Regulations for the medical services of the Army of India
Year: 1930
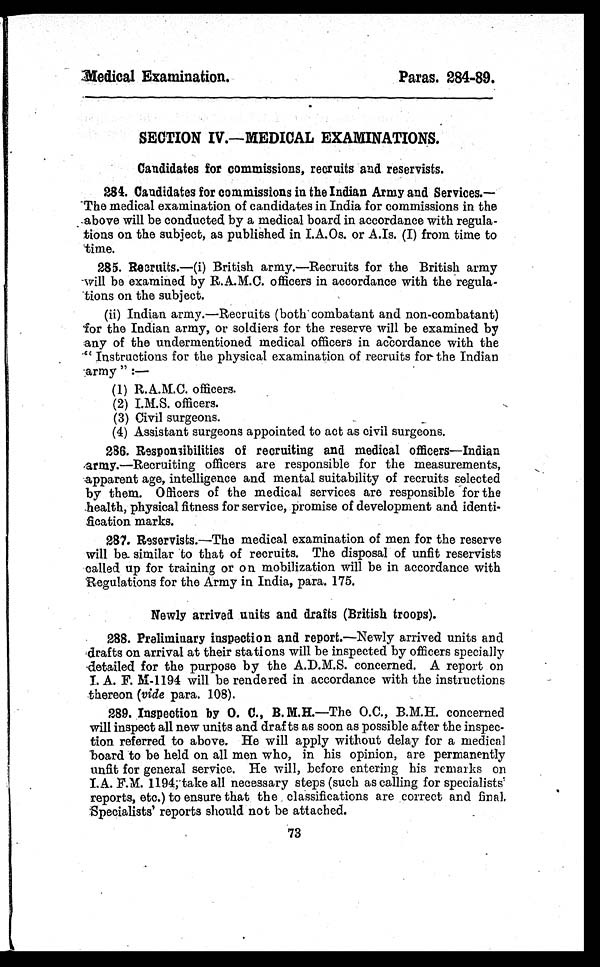
Medical Examination.
Paras. 284-89.
SECTION IV.—MEDICAL EXAMINATIONS.
Candidates for commissions, recruits and reservists.
284. Candidates for commissions in the Indian Army and Services. —
The medical examination of candidates in India for commissions in the
above will be conducted by a medical board in accordance with regula-
tions on the subject, as published in I.A.Os. or A.Is. (I) from time to
time.
285. Recruits.—(i) British army.—Recruits for the British army
will be examined by R.A.M.C. officers in accordance with the regula-
tions on the subject.
(ii) Indian army.—Recruits (both combatant and non-combatant)
for the Indian army, or soldiers for the reserve will be examined by
any of the undermentioned medical officers in accordance with the
"Instructions for the physical examination of recruits for the Indian
army ":—
(1) R.A.M.C. officers.
(2) I.M.S. officers.
(3) Civil surgeons.
(4) Assistant surgeons appointed to act as civil surgeons.
286. Responsibilities of recruiting and medical officers —Indian
army. —Recruiting officers are responsible for the measurements,
apparent age, intelligence and mental suitability of recruits selected
by them. Officers of the medical services are responsible for the
health, physical fitness for service, promise of development and identi-
fication marks.
287. Reservists. —The medical examination of men for the reserve
will be similar to that of recruits. The disposal of unfit reservists
called up for training or on mobilization will be in accordance with
Regulations for the Army in India, para. 175.
Newly arrived units and drafts (British troops).
288. Preliminary inspection and report. —Newly arrived units and
drafts on arrival at their stations will be inspected by officers specially
detailed for the purpose by the A.D.M.S. concerned. A report on
I. A. F. M-1194 will be rendered in accordance with the instructions
thereon (vide para. 108).
289. Inspection by O. C., B.M.H.—The O.C., B.M.H. concerned
will inspect all new units and drafts as soon as possible after the inspec-
tion referred to above. He will apply without delay for a medical
board to be held on all men who, in his opinion, are permanently
unfit for general service. He will, before entering his remarks on
I.A. F.M. 1194; take all necessary steps (such as calling for specialists'
reports, etc.) to ensure that the classifications are correct and final.
Specialists' reports should not be attached.
73